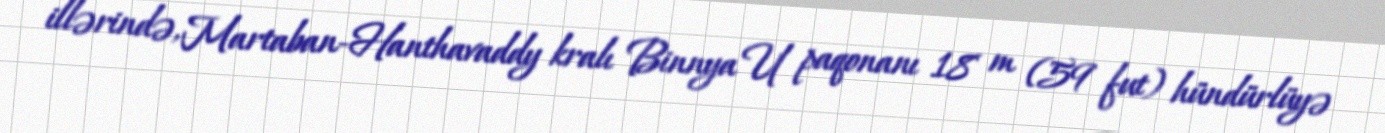
illərində, Martaban-Hanthavaddy kralı Binnya U paqonanı 18 m (59 fut) hündürlüyə